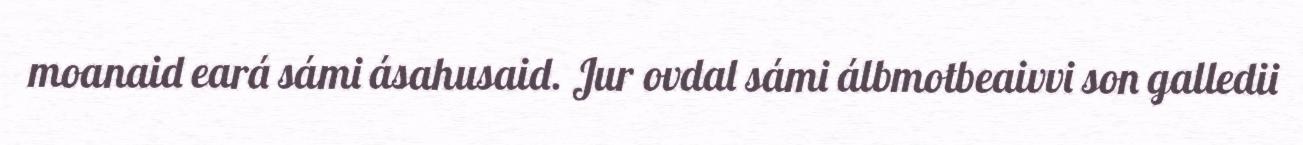
moanaid eará sámi ásahusaid. Jur ovdal sámi álbmotbeaivvi son galledii